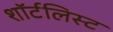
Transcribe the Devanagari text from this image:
शॉर्टलिस्ट